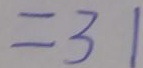
= 3 1